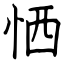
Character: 恓